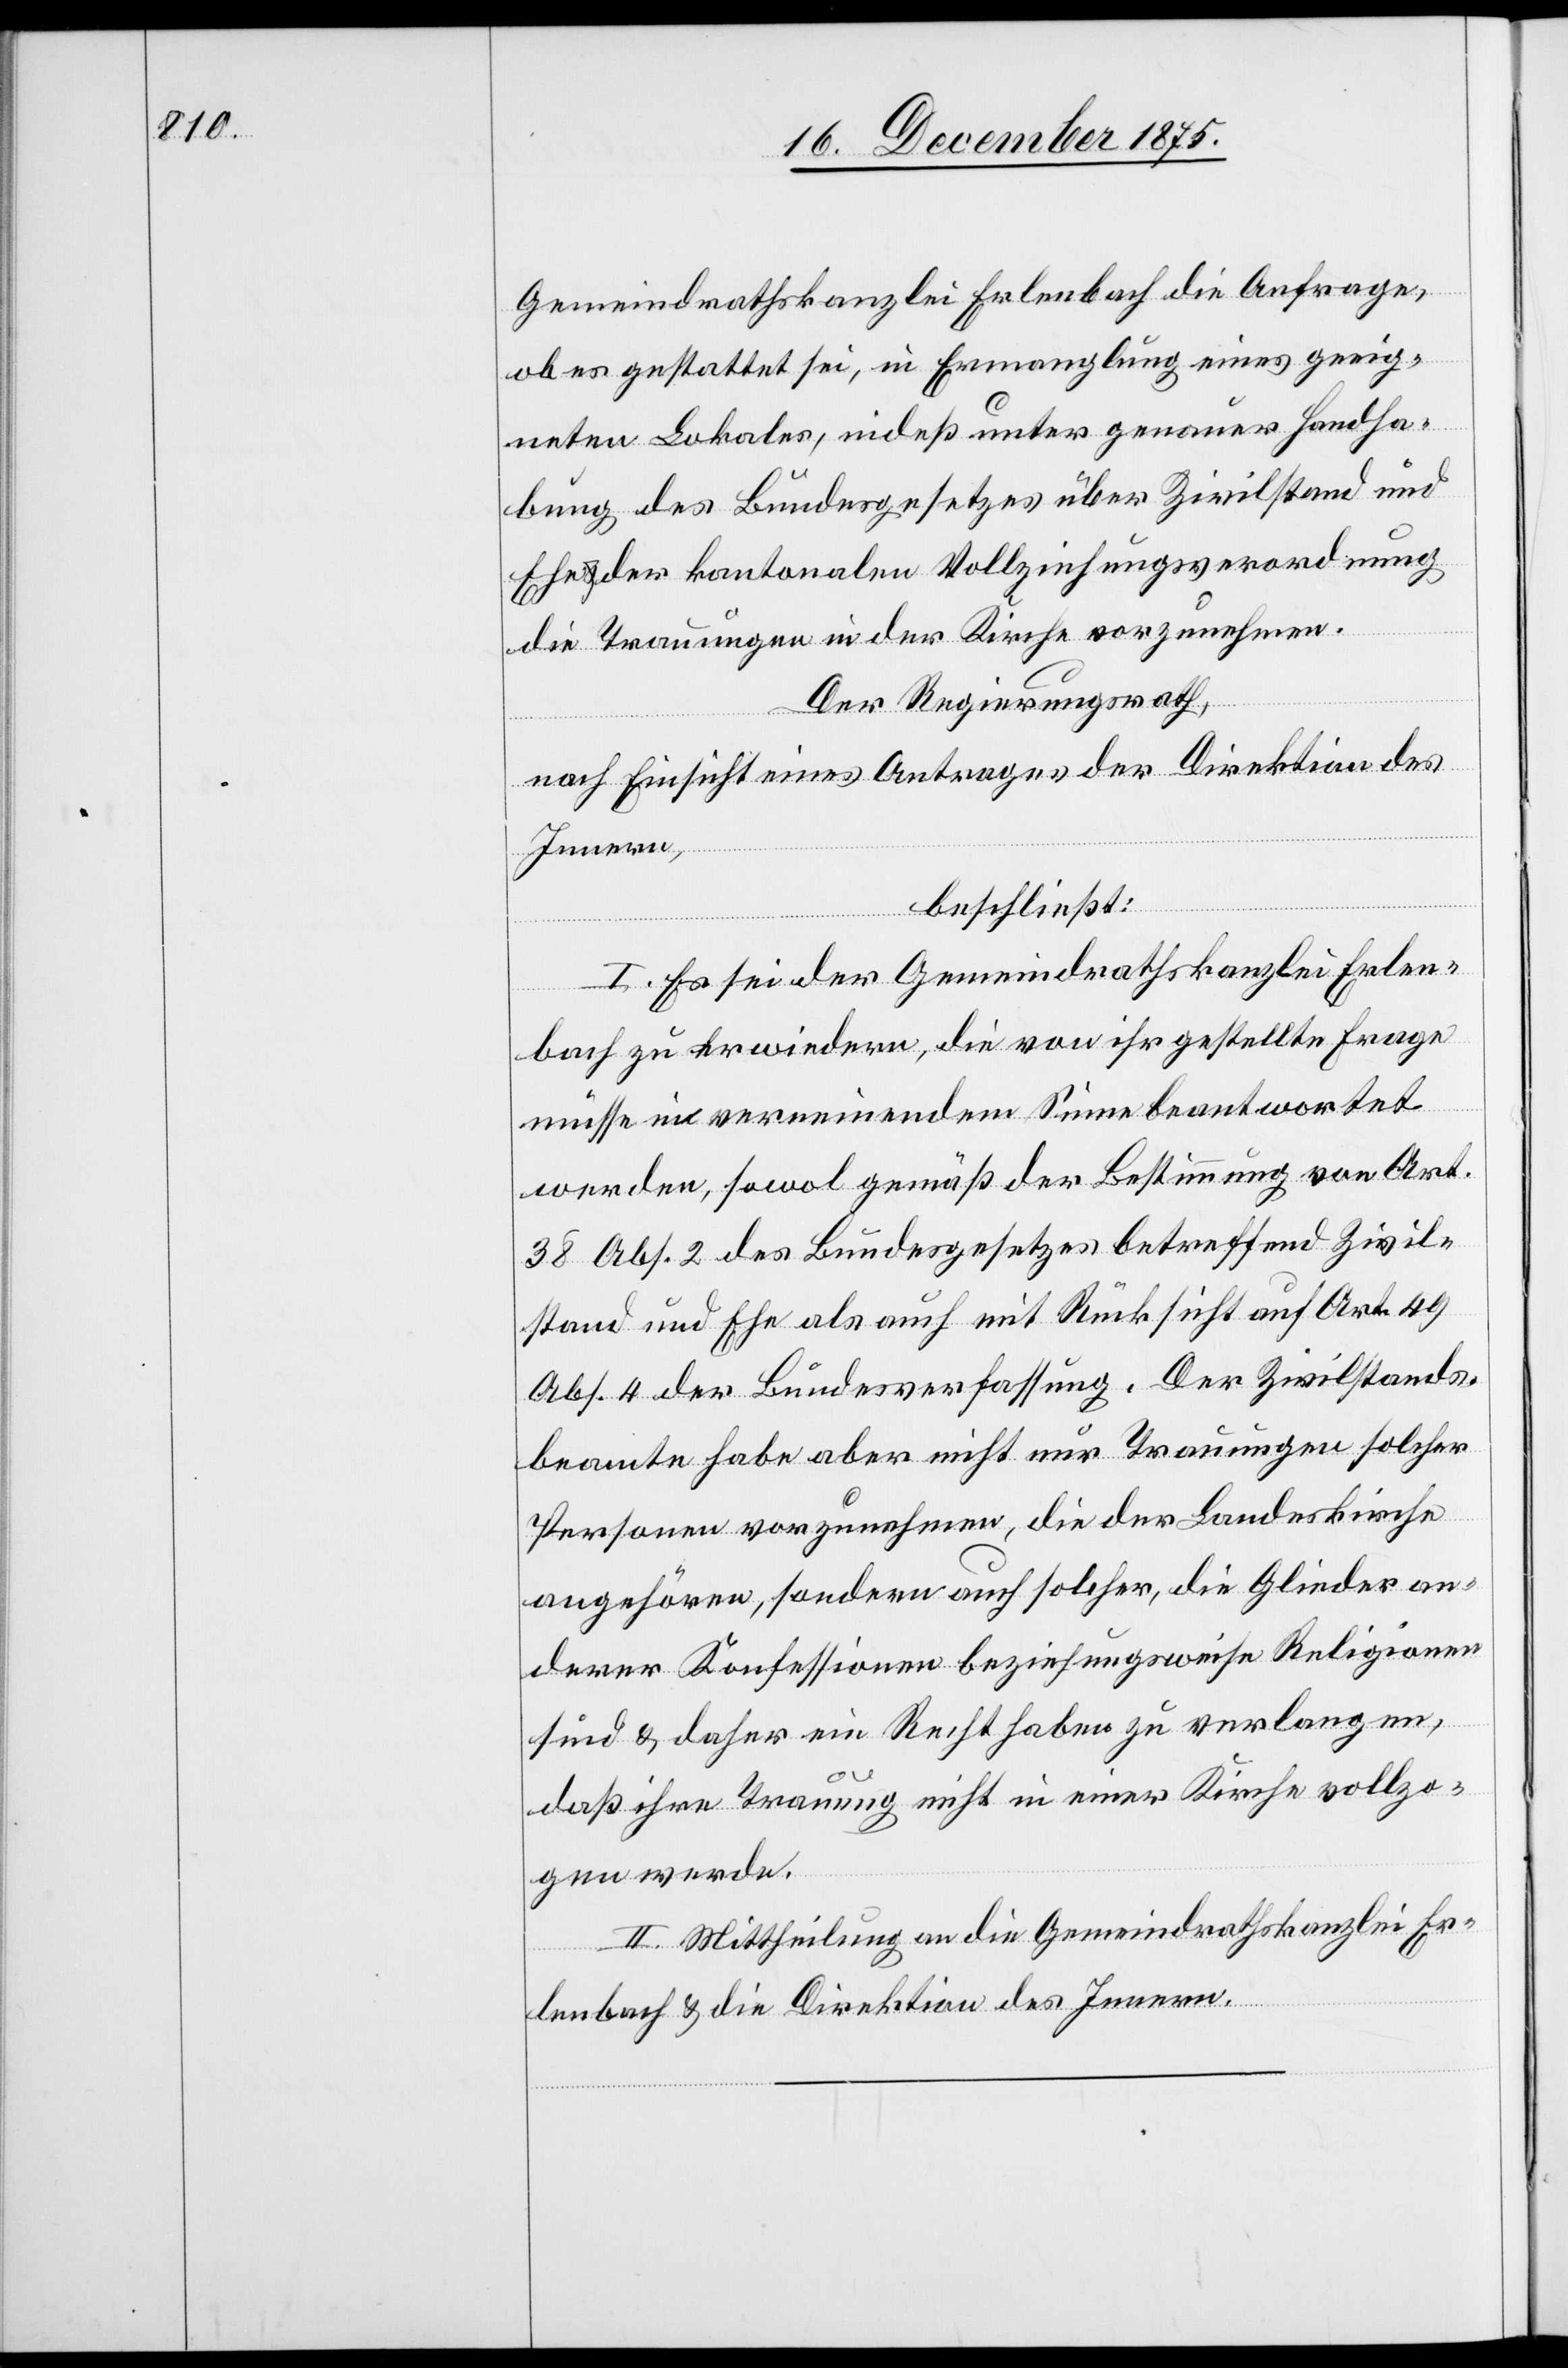
Gemeindrathskanzlei Erlenbach die Anfrage,
ob es gestattet sei, in Ermangelung eines geeig¬
neten Lokales, indeß unter genauer Handha¬
bung des Bundesgesetzes über Zivilstand und
Ehe der kantonalen Vollziehungsverordnung
die Trauungen in der Kirche vorzunehmen.
Der Regierungsrath,
nach Einsicht eines Antrages der Direktion des
Innern,
beschließt:
I. Es sei der Gemeindrathskanzlei Erlen¬
bach zu erwiedern, die von ihr gestellte Frage
müsse in verneinendem Sinne beantwortet
werden, sowol gemäß der Bestimmung von Art.
38 Abs. 2 des Bundesgesetzes betreffend Zivil¬
stand und Ehe als auch mit Rücksicht auf Art. 49
Abs. 4 der Bundesverfassung. Der Zivilstands¬
beamte habe aber nicht nur Trauungen solcher
Personen vorzunehmen, die der Landeskirche
angehören, sondern auch solcher, die Glieder an¬
derer Konfessionen beziehungsweise Religionen
sind & daher Recht haben zu verlangen,
daß ihre Trauung nicht in einer Kirche vollzo¬
gen werde.
II. Mittheilung an die Gemeindrathskanzlei Er¬
lenbach & die Direktion des Innern.